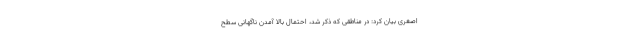
اصغری بیان کرد: در مناطقی که ذکر شد، احتمال بالا آمدن ناگهانی سطح